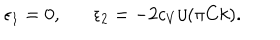
\epsilon _ { 1 } = 0 , \epsilon _ { 2 } = - 2 c _ { V } / ( \pi C k ) .